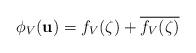
LaTeX: \begin{align*} \phi_V(\mathbf{u}) = f_V(\zeta) + \overline{f_V(\zeta)}\end{align*}